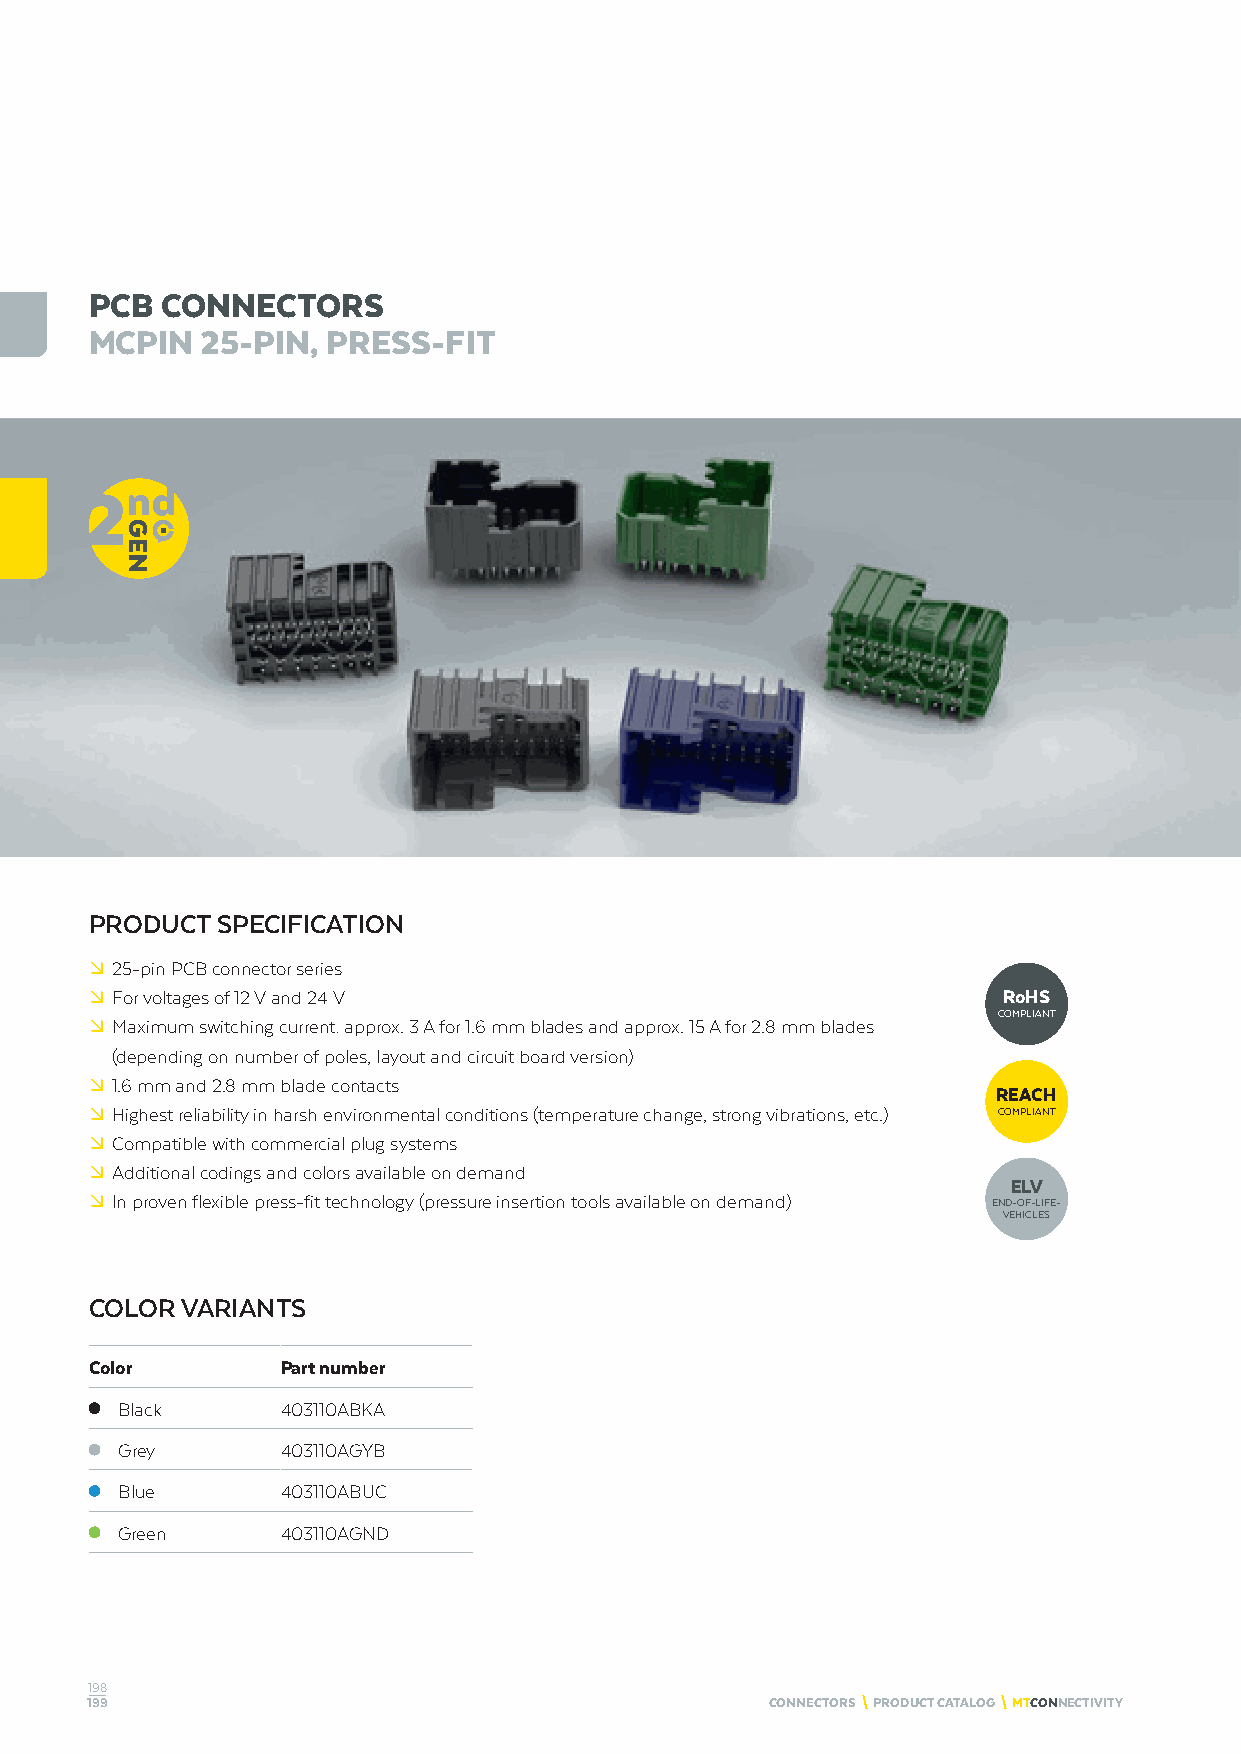
PCB  CONNECTORS
 MCPIN  25-PIN,  PRESS-FIT
 PRODUCT SPECIFICATION
 º 25-pin PCB connector series
 º For voltages of 12 V and 24 V                             RoHS
 COMPLIANT
 º Maximum switching current: approx. 3 A for 1.6 mm blades and approx. 15 A for 2.8 mm blades
 (depending on number of poles, layout and circuit board version)
 º 1.6 mm and 2.8 mm blade contacts
 REACH
 º Highest reliability in harsh environmental conditions (temperature change, strong vibrations, etc.) COMPLIANT
 º Compatible with commercial plug systems
 º Additional codings and colors available on demand
 ELV
 º In proven flexible press-fit technology (pressure insertion tools available on demand) END-OF-LIFE-
 VEHICLES
 COLOR VARIANTS
 Color        Part number
 Black      403110ABKA
 Grey       403110AGYB
 Blue       403110ABUC
 Green      403110AGND
 198
 199                                          CONNECTORS \ PRODUCT CATALOG \ MTCONNECTIVITY